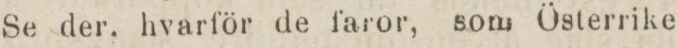
Se der. hvarför de faror, som Österrike